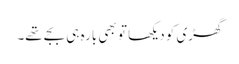
گھڑی کو دیکھا تو بھی بارہ ہی بجے تھے۔